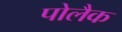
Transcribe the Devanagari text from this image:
पोलैक